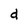
Character: d